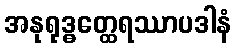
အနုရုဒ္ဓတ္ထေရဿာပဒါနံ